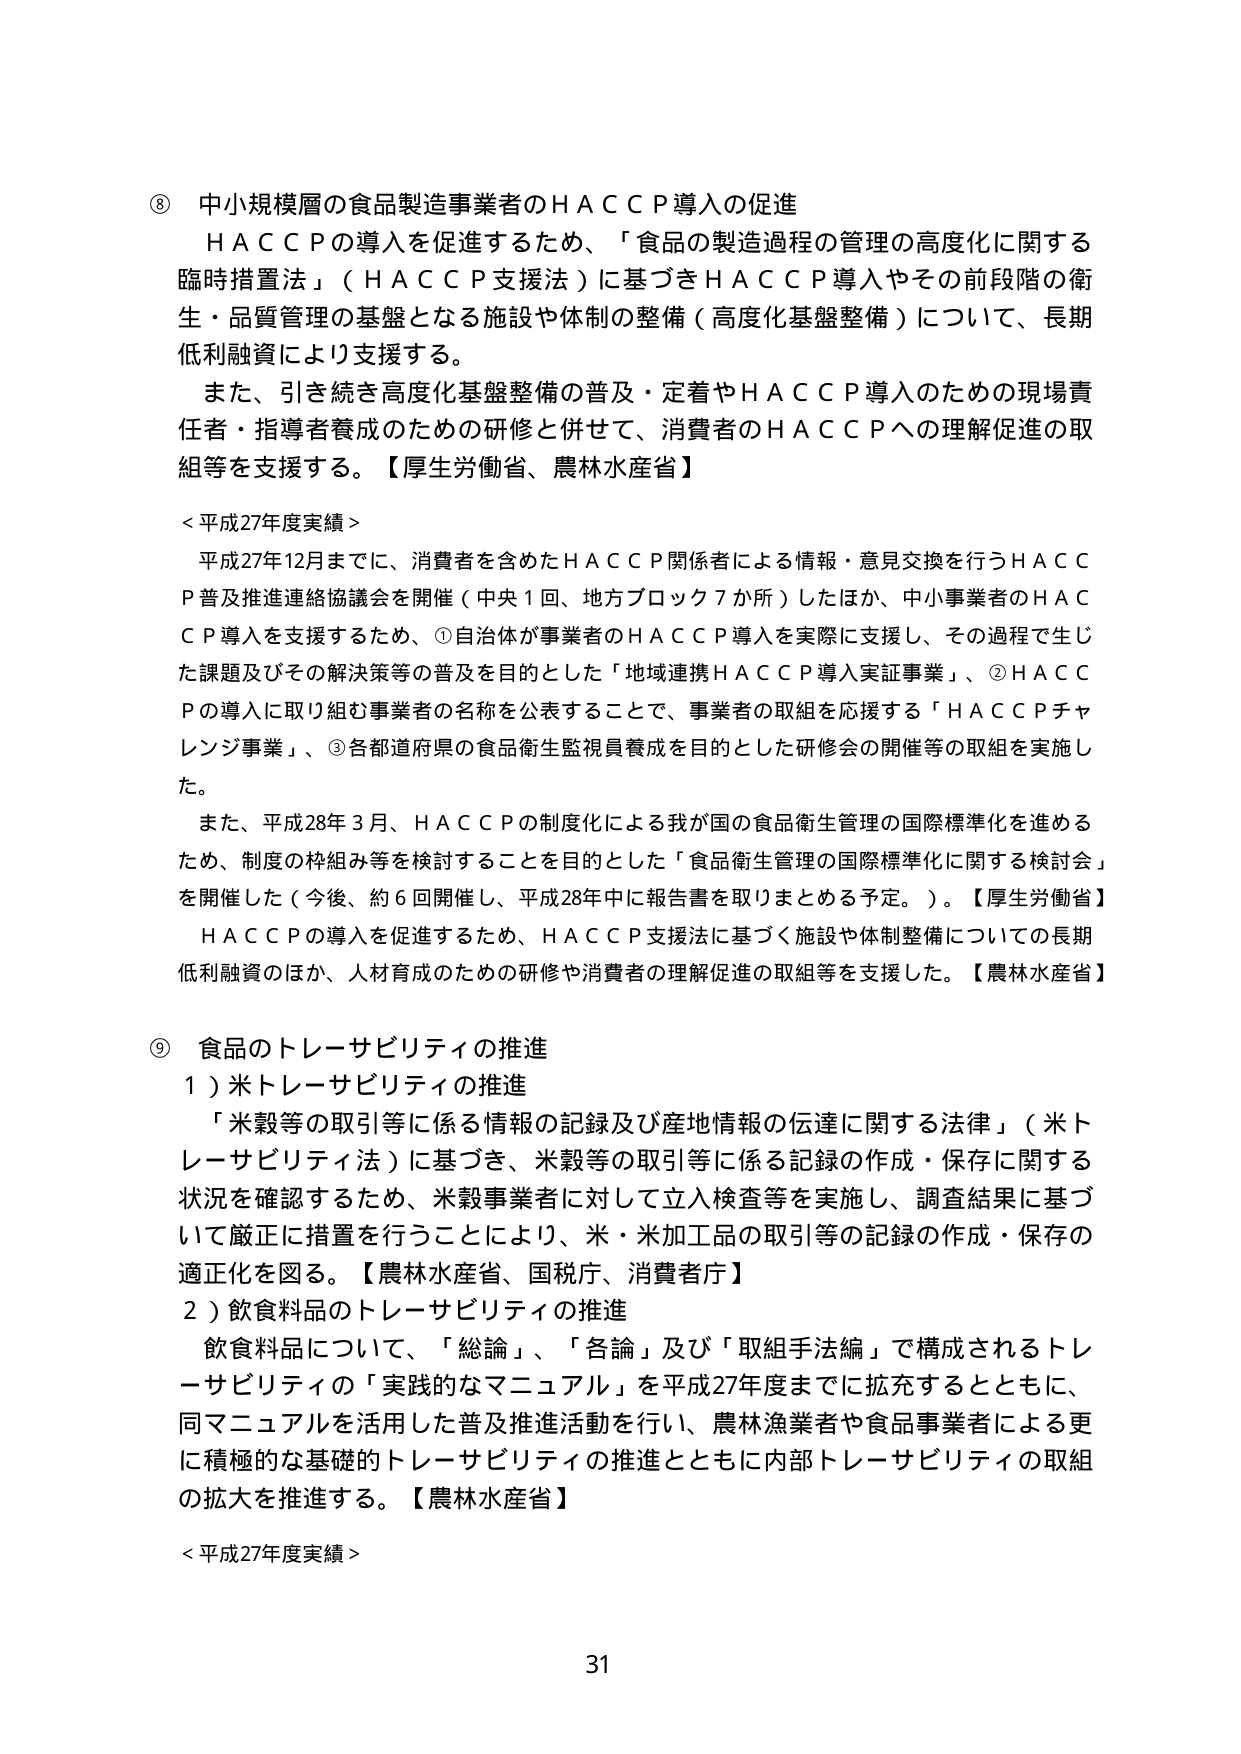
⑧ 中小規模層の食品製造事業者のＨＡＣＣＰ導入の促進
　ＨＡＣＣＰの導入を促進するため、「食品の製造過程の管理の高度化に関する臨時措置法」（ＨＡＣＣＰ支援法）に基づきＨＡＣＣＰ導入やその前段階の衛生・品質管理の基盤となる施設や体制の整備（高度化基盤整備）について、長期低利融資により支援する。
　また、引き続き高度化基盤整備の普及・定着やＨＡＣＣＰ導入のための現場責任者・指導者養成のための研修と併せて、消費者のＨＡＣＣＰへの理解促進の取組等を支援する。【厚生労働省、農林水産省】

＜平成27年度実績＞
　平成27年12月までに、消費者を含めたＨＡＣＣＰ関係者による情報・意見交換を行うＨＡＣＣＰ普及推進連絡協議会を開催（中央1回、地方ブロック7か所）したほか、中小事業者のＨＡＣＣＰ導入を支援するため、①自治体が事業者のＨＡＣＣＰ導入を実際に支援し、その過程で生じた課題及びその解決策等の普及を目的とした「地域連携ＨＡＣＣＰ導入実証事業」、②ＨＡＣＣＰの導入に取り組む事業者の名称を公表することで、事業者の取組を応援する「ＨＡＣＣＰチャレンジ事業」、③各都道府県の食品衛生監視員養成を目的とした研修会の開催等の取組を実施した。
　また、平成28年3月、ＨＡＣＣＰの制度化による我が国の食品衛生管理の国際標準化を進めるため、制度の枠組み等を検討することを目的とした「食品衛生管理の国際標準化に関する検討会」を開催した（今後、約6回開催し、平成28年中に報告書を取りまとめる予定。）。【厚生労働省】
　ＨＡＣＣＰの導入を促進するため、ＨＡＣＣＰ支援法に基づく施設や体制整備についての長期低利融資のほか、人材育成のための研修や消費者の理解促進の取組等を支援した。【農林水産省】

⑨ 食品のトレーサビリティの推進
　１）米トレーサビリティの推進
　　「米穀等の取引等に係る情報の記録及び産地情報の伝達に関する法律」（米トレーサビリティ法）に基づき、米穀等の取引等に係る記録の作成・保存に関する状況を確認するため、米穀事業者に対して立入検査等を実施し、調査結果に基づいて厳正に措置を行うことにより、米・米加工品の取引等の記録の作成・保存の適正化を図る。【農林水産省、国税庁、消費者庁】
　２）飲食料品のトレーサビリティの推進
　　飲食料品について、「総論」、「各論」及び「取組手法編」で構成されるトレーサビリティの「実践的なマニュアル」を平成27年度までに拡充するとともに、同マニュアルを活用した普及推進活動を行い、農林漁業者や食品事業者による更に積極的な基礎的トレーサビリティの推進とともに内部トレーサビリティの取組の拡大を推進する。【農林水産省】

＜平成27年度実績＞

31